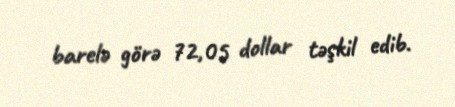
barelə görə 72,05 dollar təşkil edib.